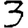
Digit: 3